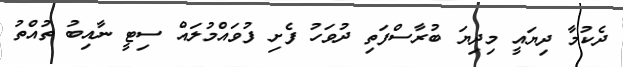
ދެކުމާ ދިޔައީ މިދިޔަ ބުރާސްފަތި ދުވަހު ފެށި ފުވައްމުލައް ސިޓީ ނާއިބު ތުއްތު